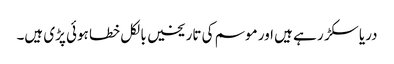
دریا سکڑ ر ہے ہیں اور موسم کی تاریخیں بالکل خطا ہوئی پڑی ہیں۔